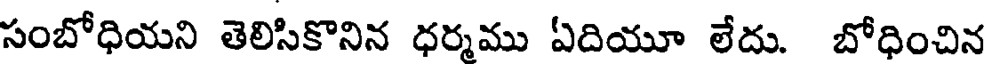
సంబోధియని తెలిసికొనిన ధర్మము ఏదియూ లేదు. బోధించిన